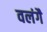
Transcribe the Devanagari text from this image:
वलंगै